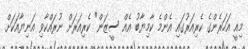
މިއީ އަހަރެންގެ ކެރިއަރުގައި އެންމެ ކާމިޔާބު އެއް ސީޒަން" ކެރިއަރަށް ނުރައްކާވި އަނިޔާއަކަށް